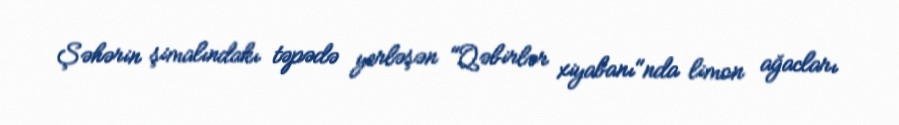
Şəhərin şimalındakı təpədə yerləşən "Qəbirlər xiyabanı"nda limon ağacları